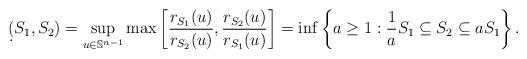
LaTeX: \begin{align*}\d(S_1,S_2)=\sup_{u\in\mathbb{S}^{n-1}}\max\left[\frac{r_{S_1}(u)}{r_{S_2}(u)},\frac{r_{S_2}(u)}{r_{S_1}(u)}\right]=\inf \left\{a\geq 1: \frac{1}{a}S_1\subseteq S_2 \subseteq a S_1\right\}.\end{align*}